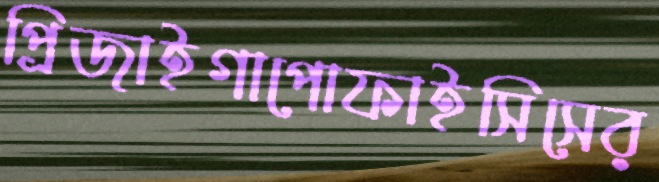
প্রিজাইগাপোফাইসিসের